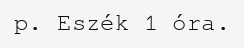
p. Eszék 1 óra.